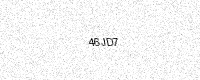
Text: 46JD7